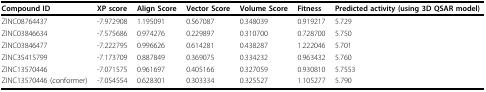
| Compound ID | XP score | Align Score | Vector Score | Volume Score | Fitness | Predicted activity (using 3D QSAR model) |
 | --- | --- | --- | --- | --- | --- | --- |
 | ZINC08764437 | -7.972908 | 1.195091 | 0.567087 | 0.348039 | 0.919217 | 5.729 |
 | ZINC03846634 | -7.575686 | 0.974276 | 0.229897 | 0.310700 | 0.728700 | 5.750 |
 | ZINC03846477 | -7.222795 | 0.996626 | 0.614281 | 0.438287 | 1.222046 | 5.701 |
 | ZINC35415799 | -7.173709 | 0.887849 | 0.369075 | 0.334232 | 0.963432 | 5.760 |
 | ZINC13570446 | -7.071575 | 0.961697 | 0.405166 | 0.327059 | 0.930810 | 5.7553 |
 | ZINC13570446 (conformer) | -7.054554 | 0.628301 | 0.303334 | 0.325527 | 1.105277 | 5.790 |